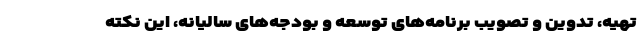
تهيه، تدوين و تصويب برنامه‌های توسعه و بودجه‌های ساليانه، اين نکته